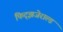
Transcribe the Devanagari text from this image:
फिट्झजेराल्ड